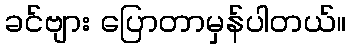
ခင်ဗျား ပြောတာမှန်ပါတယ်။